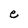
Character: e